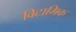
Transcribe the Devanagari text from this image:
विटामिक